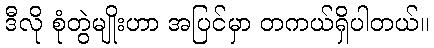
ဒီလို စုံတွဲမျိုးဟာ အပြင်မှာ တကယ်ရှိပါတယ်။